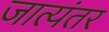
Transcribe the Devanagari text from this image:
जात्यंतर